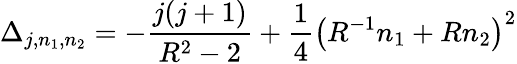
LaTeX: \Delta_{j,n_{1},n_{2}}=-{\frac{j(j+1)}{R^{2}-2}}+{\frac{1}{4}}\left(R^{-1}n_{1}+Rn_{2}\right)^{2}